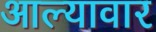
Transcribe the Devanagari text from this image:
आल्यावार